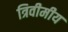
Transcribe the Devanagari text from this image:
त्रिवीमीय